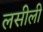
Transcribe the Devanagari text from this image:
लसीली